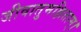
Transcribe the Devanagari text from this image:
जीवातुमक्षिताम्।